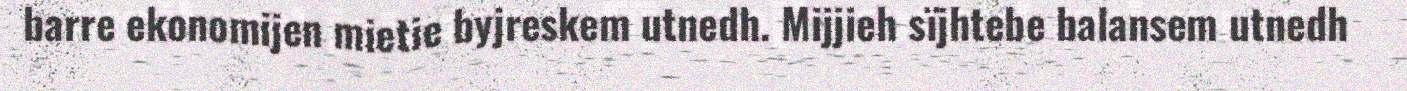
barre ekonomijen mietie byjreskem utnedh. Mijjieh sïjhtebe balansem utnedh